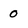
Character: 0